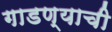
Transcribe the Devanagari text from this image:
गाडण्याची